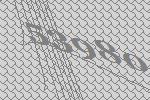
53980